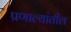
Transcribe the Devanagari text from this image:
प्रणाल्यांतील